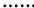
……